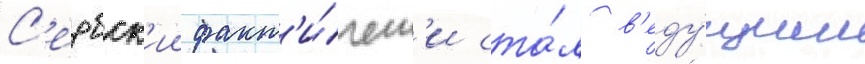
С'ербск'ии факт'и́ческ'и ста́л в'еду́щим